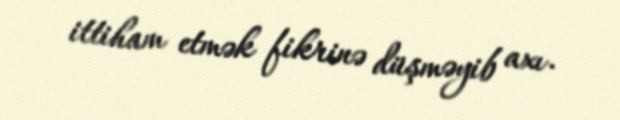
ittiham etmək fikrinə düşməyib axı.